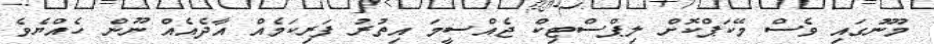
މޫނުގައި ވެސް މޭކަޕްކޮށް ލިޕްސްޓިކް ޖެއްސީމަ އިތުރު ފަރިކަމެއް އާދެއެއް ނޫން ހެއްޔެވެ